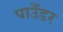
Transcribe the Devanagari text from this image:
पाउँडर